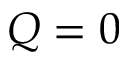
Q = 0